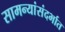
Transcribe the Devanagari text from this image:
सामन्यांसंदर्भात